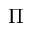
\Pi